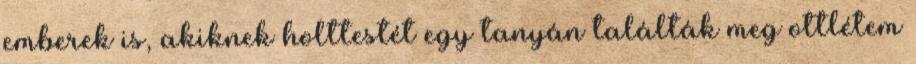
emberek is, akiknek holttestét egy tanyán találták meg ottlétem